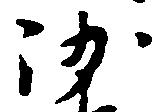
沙